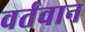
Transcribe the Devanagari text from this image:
वर्तवान